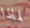
لماذا